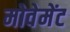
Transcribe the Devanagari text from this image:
मोवेमेंट